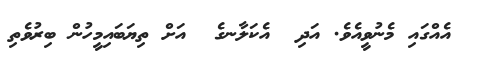
އެއްގައި މެނުވީއެވެ. އަދި  އެކަލާނގެ  އަށް ތިޔަބައިމީހުން ބިރުވެތި